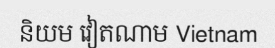
និយម វៀតណាម Vietnam